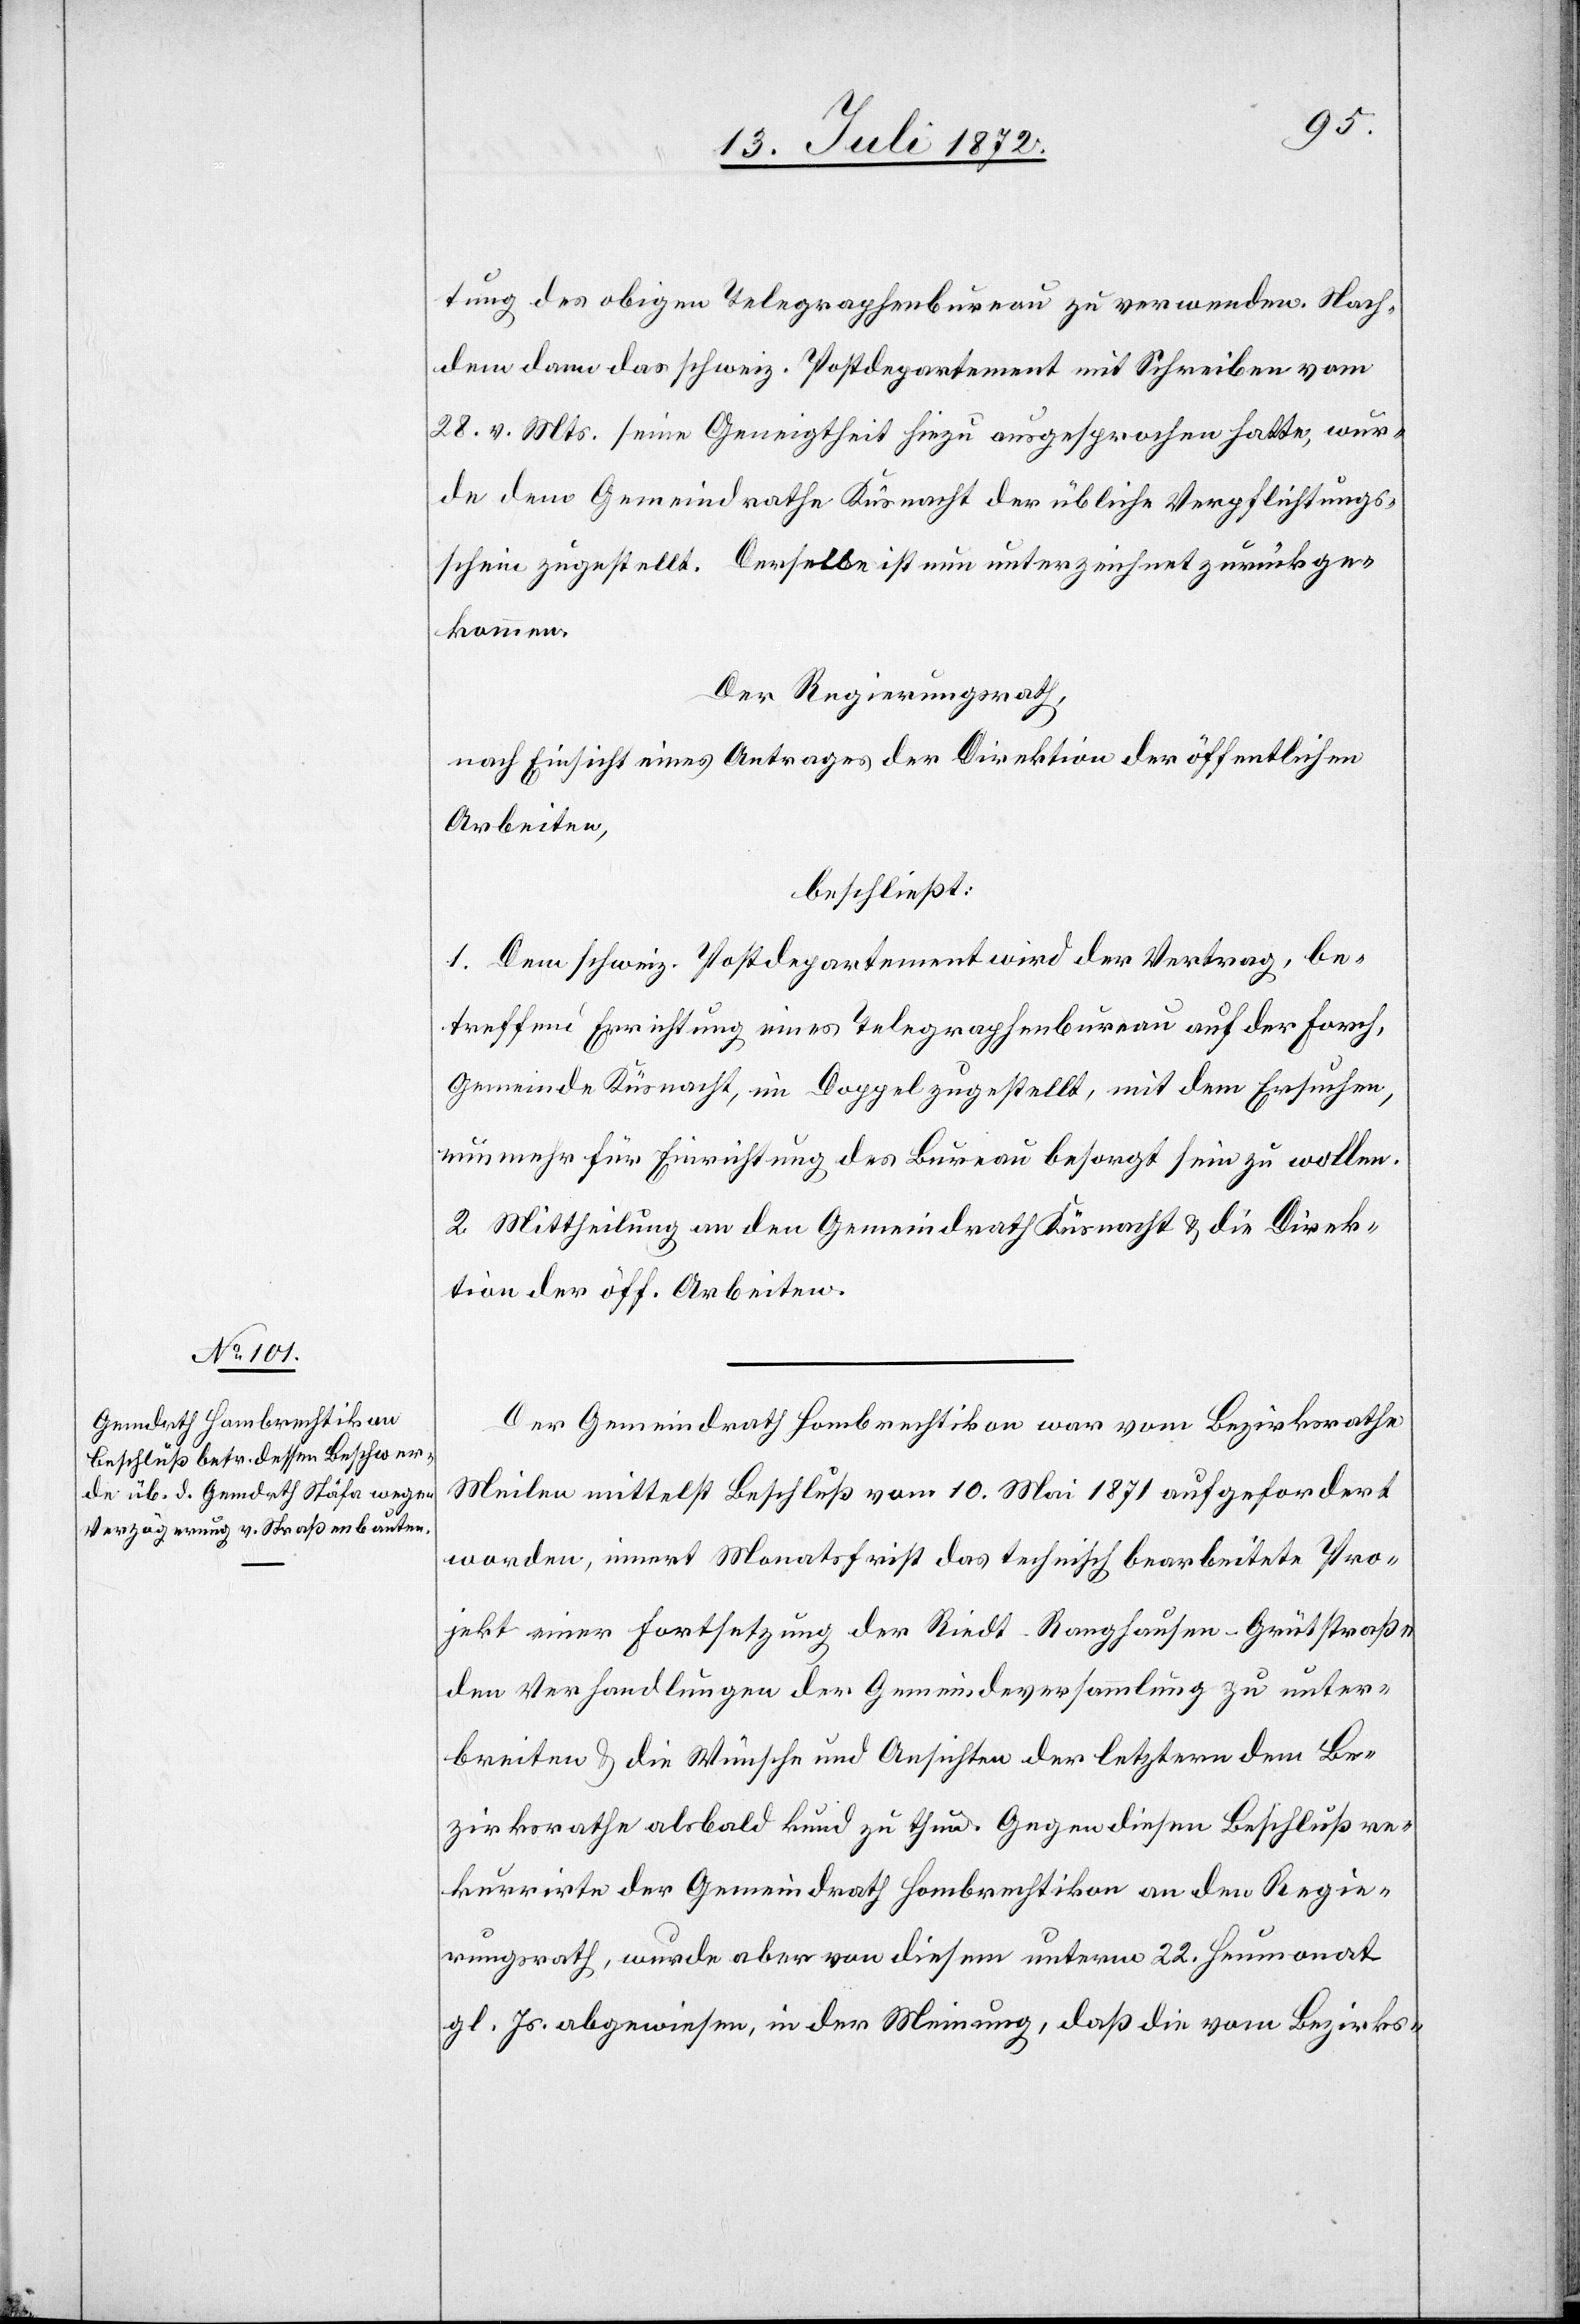
tung des obigen Telegraphenbureau zu verwenden. Nach¬
dem dann das schweiz. Postdepartement mit Schreiben vom
28. v. Mts. seine Geneigtheit hiezu ausgesprochen hatte, wur¬
de dem Gemeindrathe Küsnach der übliche Verpflichtungs¬
schein zugestellt. Derselbe ist nun unterzeichnet zurückge¬
kommen.
Der Regierungsrath,
nach Einsicht eines Antrages der Direktion der öffentlichen
Arbeiten,
beschließt:
1. Dem schweiz. Postdepartement wird der Vertrag, be¬
treffend Errichtung eines Telegraphenbureau auf der Forch,
Gemeinde Küsnacht, im Doppel zugestellt, mit dem Ersuchen,
nunmehr für Einrichtung des Bureau besorgt sein zu wollen.
2. Mittheilung an den Gemeindrath Küsnach u. die Direk¬
tion der öff. Arbeiten.
Der Gemeindrath Hombrechtikon war vom Bezirksrathe
Meilen mittelst Beschluß vom 10. Mai 1871 aufgefordert
worden, innert Monatsfrist das technisch bearbeitete Pro¬
jekt einer Fortsetzung der Riedt–Ranghausen–Grütstraße
den Verhandlungen der Gemeindeversammlung zu unter¬
breiten u. die Wünsche und Ansichten der letztern dem Be¬
zirksrathe alsbald kund zu thun. Gegen diesen Beschluß re¬
kurrirte der Gemeindrath Hombrechtikon an den Regie¬
rungsrath, wurde aber von diesem unterm 22. Heumonat
gl. Js. abgewiesen, in der Meinung, daß die vom Bezirks-